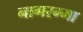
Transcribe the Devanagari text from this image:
नागरम्मा